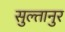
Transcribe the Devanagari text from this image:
सुल्तानुर